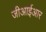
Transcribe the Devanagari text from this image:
जीआईआर